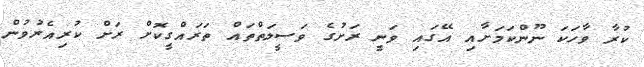
ކުރާ ވާހަކަ ނޫންކަމަށާއި އޭގައި ވަނީ ރަށުގެ ވަސީލަތްތައް ތަރައްގީކޮށް ރަށް ކުރިއެރުވުން